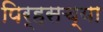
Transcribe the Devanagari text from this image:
पिर्‍हसच्या